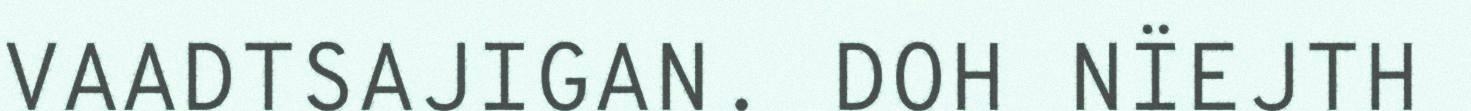
VAADTSAJIGAN. DOH NÏEJTH